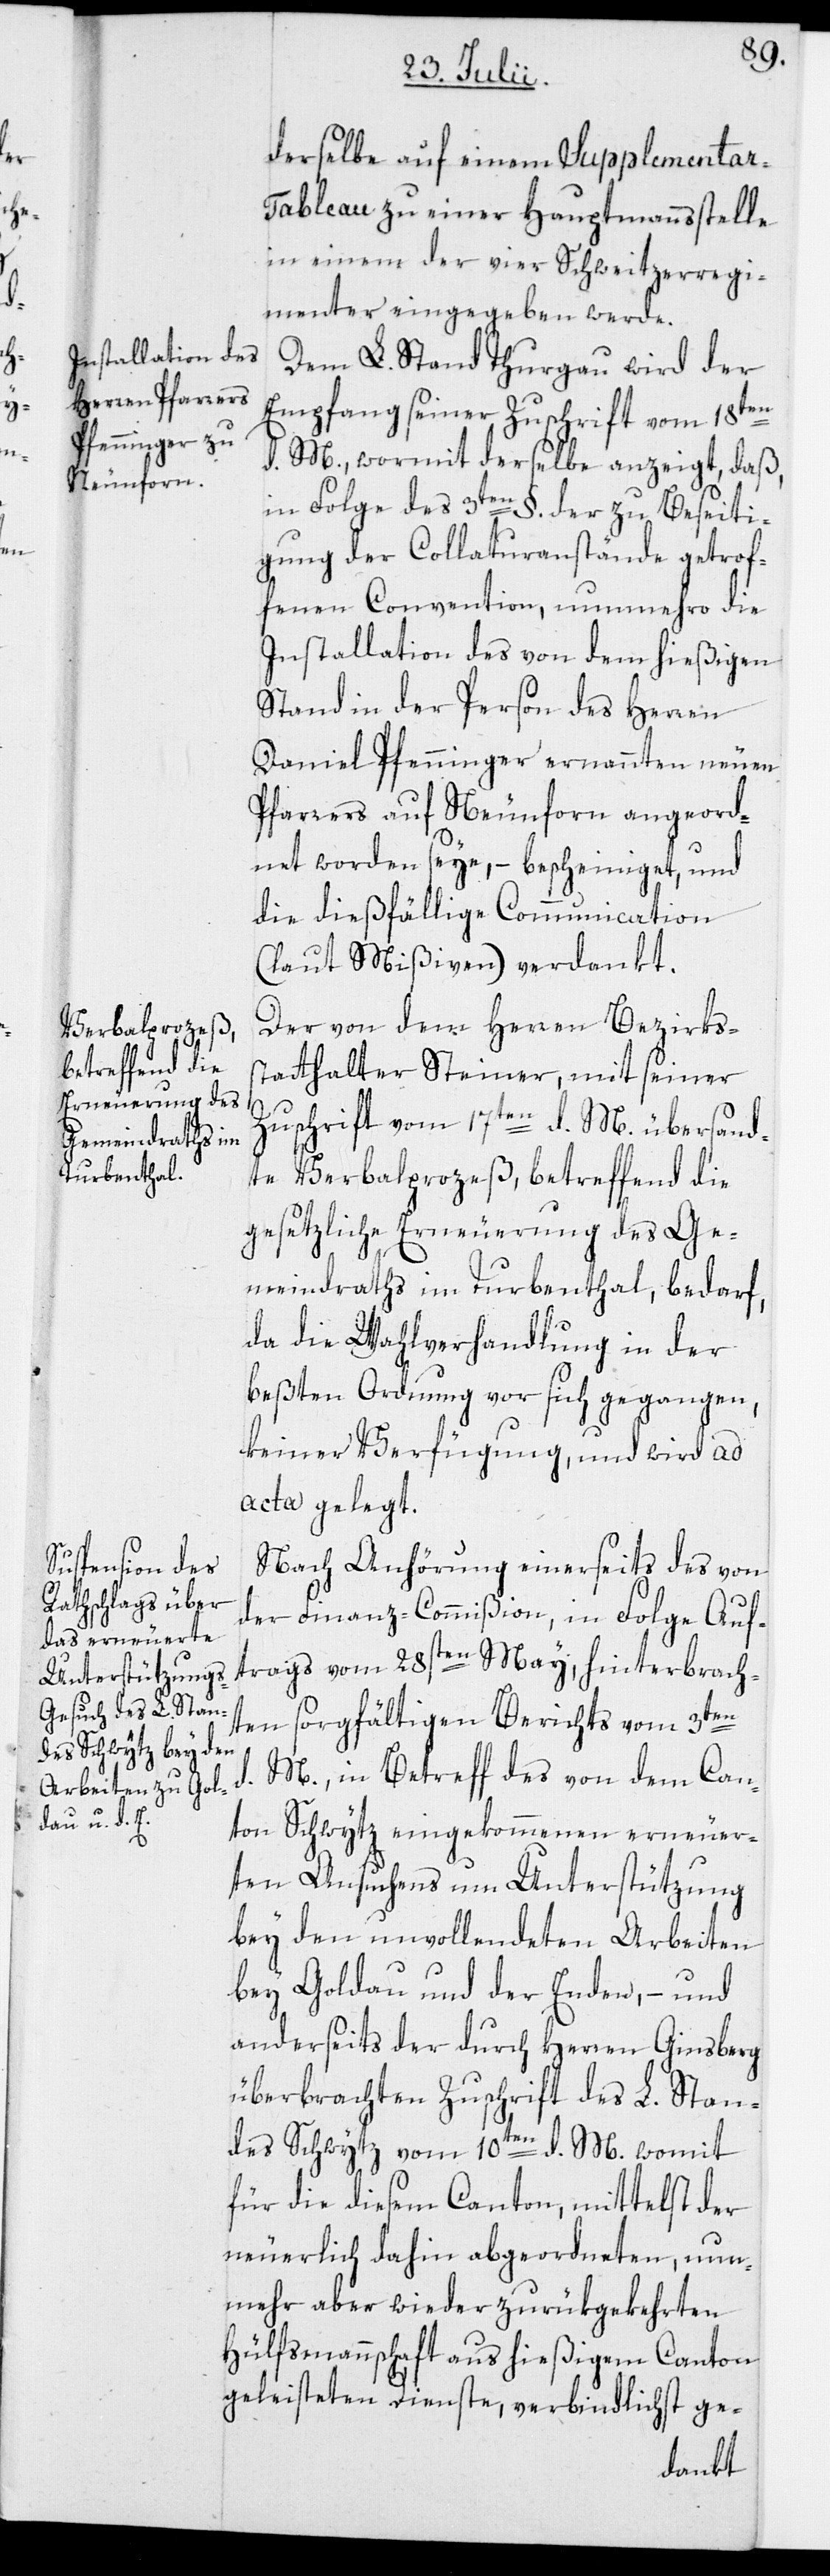
derselbe auf einem Supplementar-T¬
ableau zu einer Hauptmannsstelle
in einem der vier Schweitzerregi¬
menter eingegeben werde.
Dem L. Stand Thurgau wird der
Empfang seiner Zuschrift vom 18ten
d. M., wormit derselbe anzeigt, daß,
in Folge des 3ten §. der zu Beseiti¬
gung der Collaturanstände getrof¬
fenen Convention, nunmehro die
Installation des von dem hießigen
Stand in der Person des Herren
Daniel Pfenninger ernannten neuen
Pfarrers auf Neunforn angeord¬
net worden seye, – bescheiniget, und
die dießfällige Communication
(laut Mißiven) verdankt.
Der von dem Herren Bezirkss¬
tatthalter Steiner, mit seiner
Zuschrift vom 17ten d. M. übersand¬
te Verbalprozeß, betreffend die
gesetzliche Erneuerung des Ge¬
meindraths im Turbenthal, bedarf,
da die Wahlverhandlung in der
beßten Ordnung vor sich gegangen,
keiner Verfügung, und wird ad
acta gelegt.
Nach Anhörung einerseits des von
der Finanz-Commißion, in Folge Auf¬
trags vom 28sten May, hinterbrach¬
ten sorgfältigen Berichts vom 3ten
d. M., in Betreff des von dem Can¬
ton Schwytz eingekommenen erneuer¬
ten Ansuchens um Unterstützung
bey den unvollendeten Arbeiten
bey Goldau und der Enden, – und
anderseits der durch Herren Ginsberg
überbrachten Zuschrift des L. Stan¬
des Schwytz vom 10ten d. M. womit
für die diesem Canton, mittelst der
neuerlich dahin abgeordneten, nun¬
mehr aber wieder zurükgekehrten
Hülfsmannschaft aus hießigem Canton
geleisteten Dienste, verbindlichst ge-